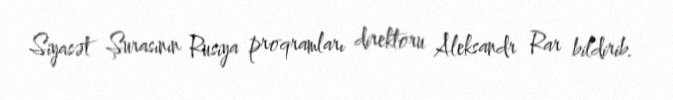
Siyasət Şurasının Rusiya proqramları direktoru Aleksandr Rar bildirib.